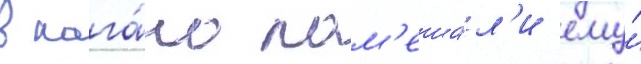
в нага́но пом'еша́л'и ему́